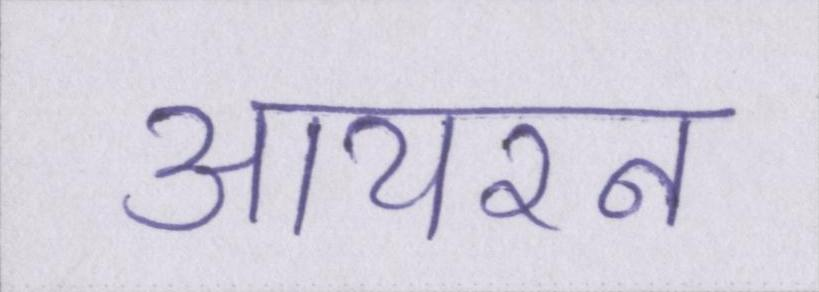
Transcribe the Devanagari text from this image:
आयरन